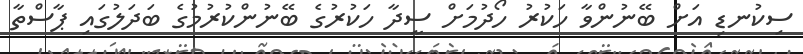
ސިކުނޑި އަށް ބޭނުންވާ ހަކުރު ހޯދުމަށް ސީދާ ހަކުރުގެ ބޭނުންކުރުމުގެ ބަދަލުގައި ޕާސްތާ